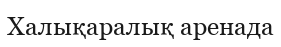
Халықаралық аренада